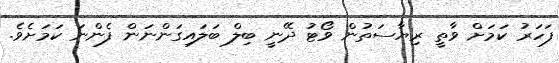
ފަހަރު ކަމަށް ވާތީ ރިޔާސަތުން ވޯޓު ދޭނީ ބިލް ބަލައިގަންނަން ފެންނަ ކަމަށެވެ.